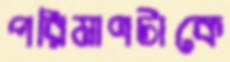
পরিমাণটাকে